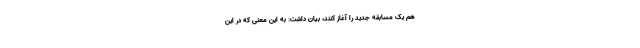
هم یک مسابقه جدید را آغاز کنند، بیان داشت: به این معنی که در این